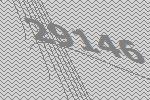
29146